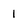
Character: 1